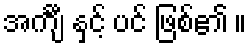
အင်္ကျီ နှင့် ပင် ဖြစ်၏ ။